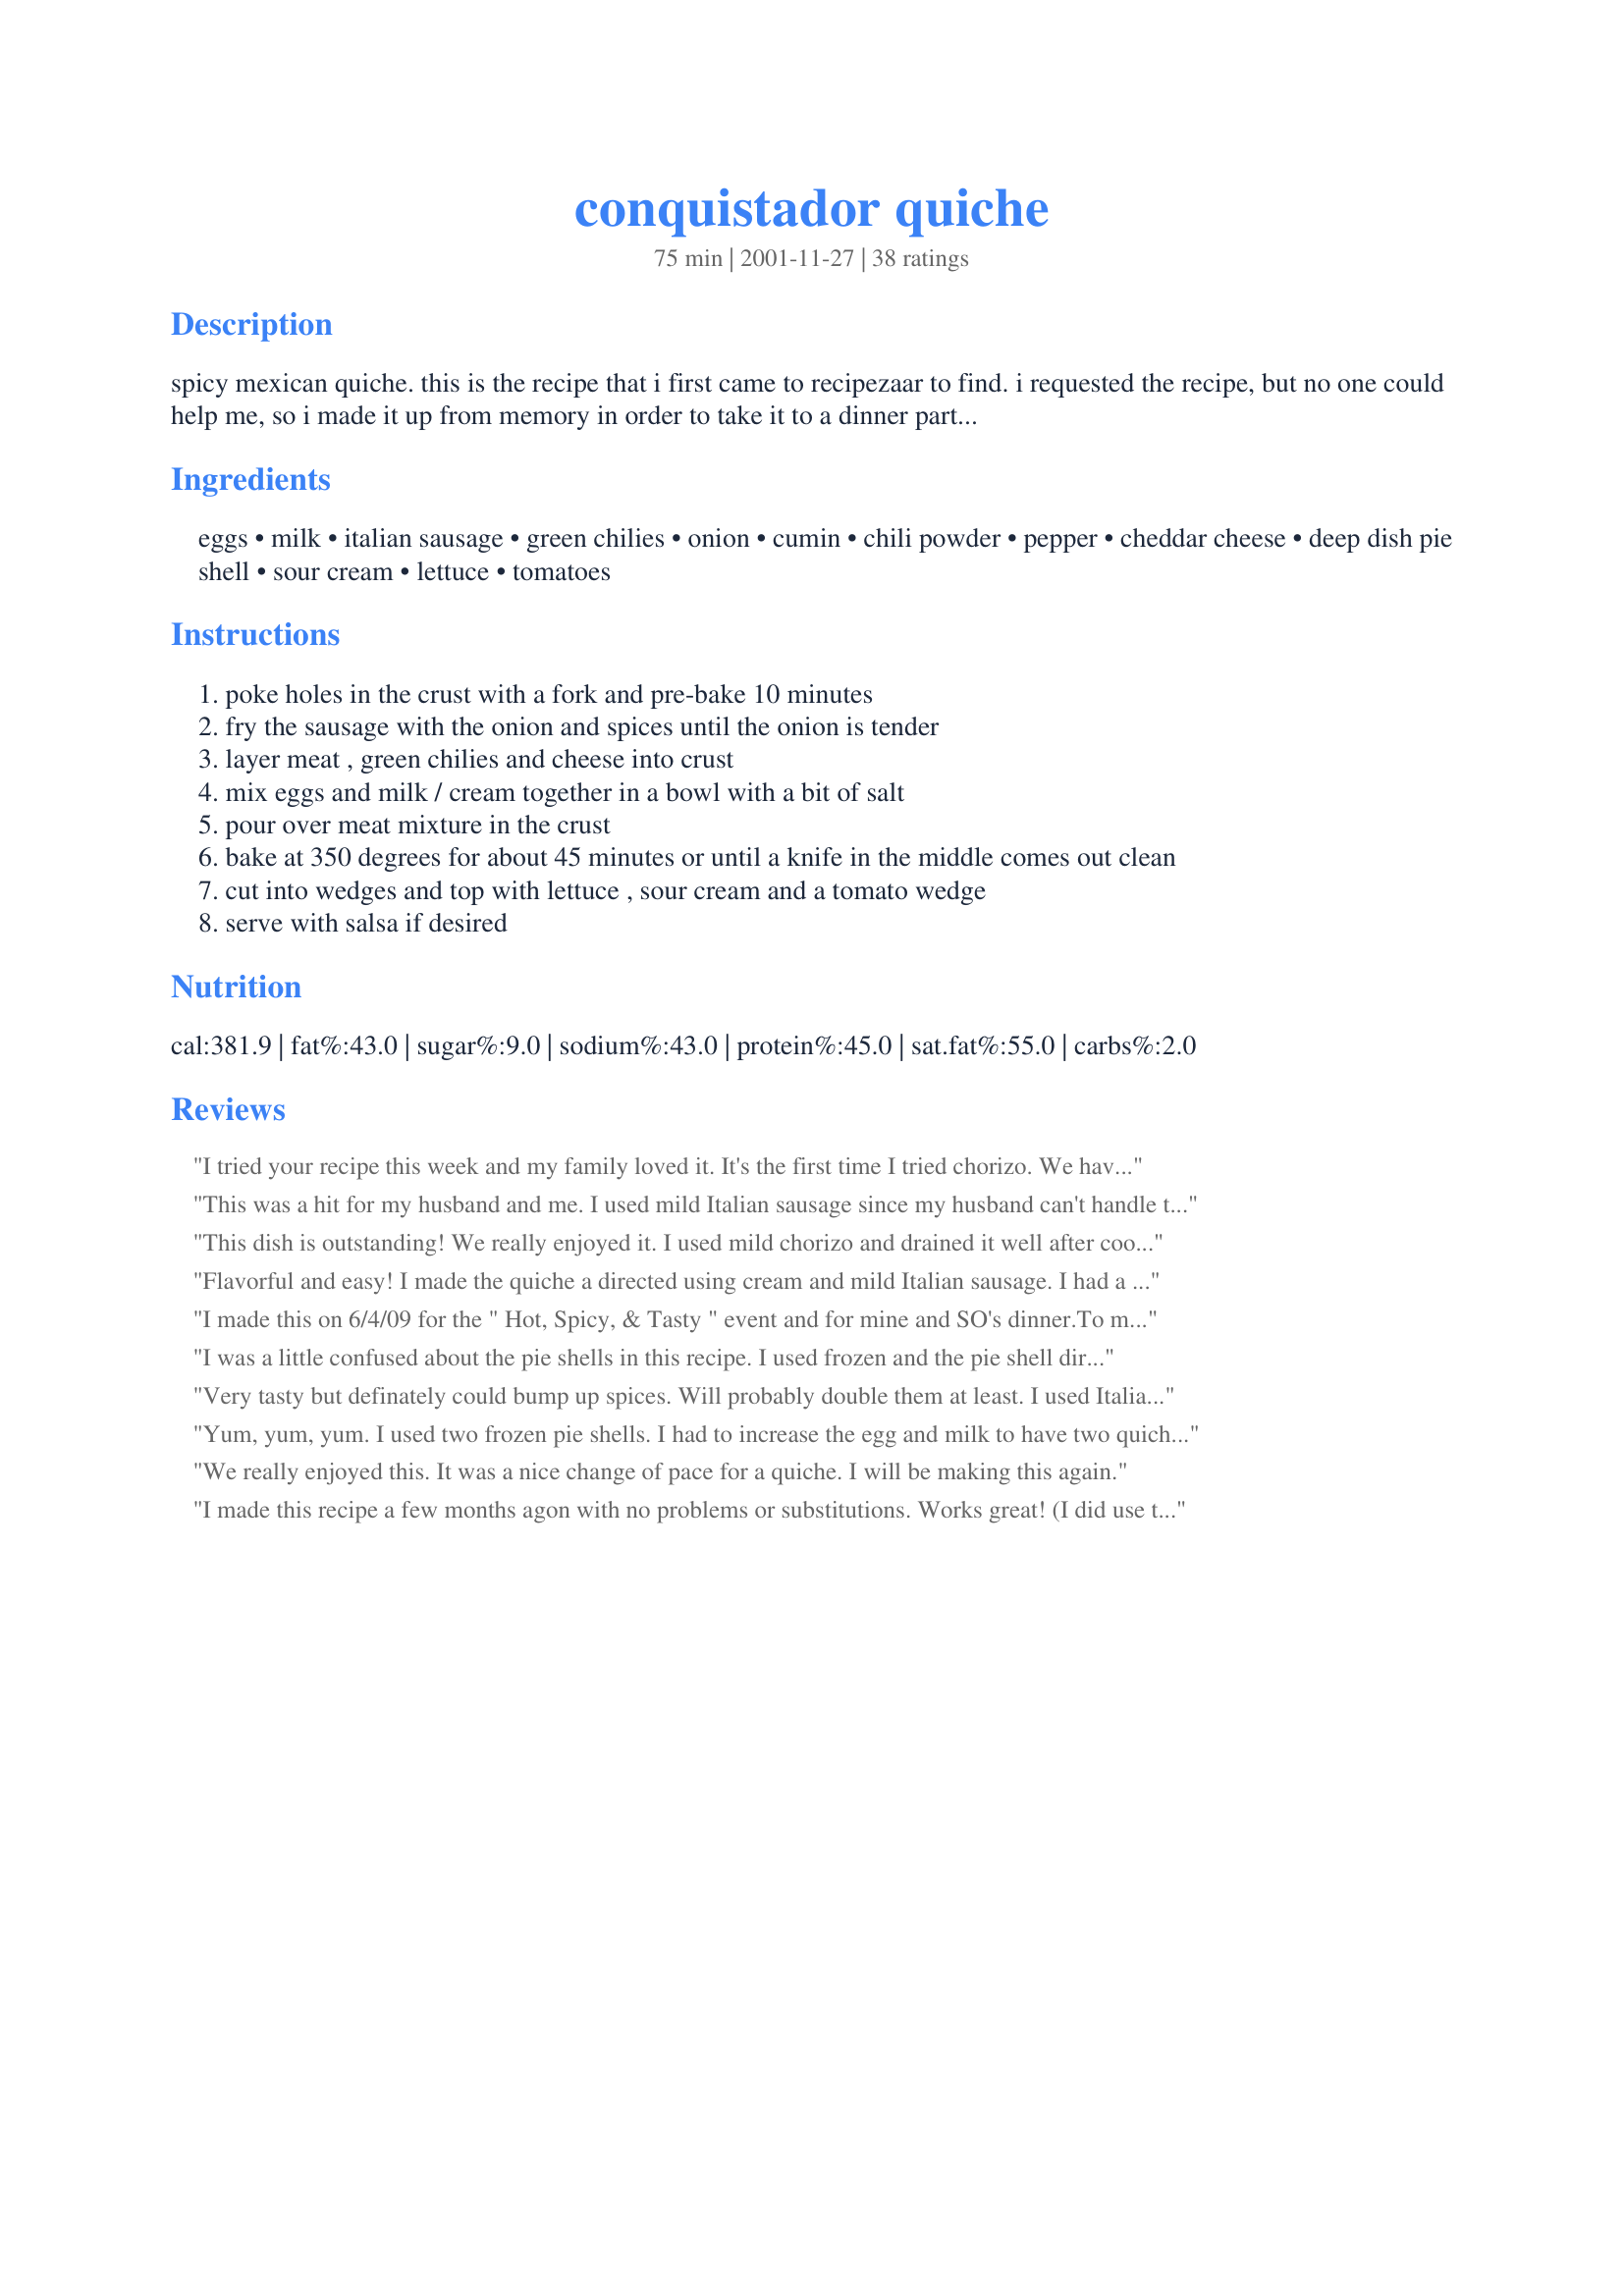
conquistador quiche
Preparation time: 75 minutes

spicy mexican quiche. this is the recipe that i first came to recipezaar to find. i requested the recipe, but no one could help me, so i made it up from memory in order to take it to a dinner party my friend was having. sometime later, after my cookbooks were out of storage, i was able to locate the original recipe. this is pretty darn close.

Ingredients:
eggs, milk, italian sausage, green chilies, onion, cumin, chili powder, pepper, cheddar cheese, deep dish pie shell, sour cream, lettuce, tomatoes

Steps:
poke holes in the crust with a fork and pre-bake 10 minutes
fry the sausage with the onion and spices until the onion is tender
layer meat , green chilies and cheese into crust
mix eggs and milk / cream together in a bowl with a bit of salt
pour over meat mixture in the crust
bake at 350 degrees for about 45 minutes or until a knife in the middle comes out clean
cut into wedges and top with lettuce , sour cream and a tomato wedge
serve with salsa if desired

Reviews:
I tried your recipe this week and my family loved it. It's the first time I tried chorizo. We have a butcher in the neighborhood who makes it,and I picked out about 10 jalapenos before browning the meat - really didn't need the extra spices in this case! I had cut them to a half tespoon, but was still a bit too hot for my 12 year-old's "delicate palate." I'm definitely going to make it again. Hadn't made a quiche in years,and this was so easy and so, SO TASTY. Thanks for sharing it!
This was a hit for my husband and me. I used mild Italian sausage since my husband can't handle too spicy anymore. I used a frozen deep dish pie crust and it worked out well with no leftover liquid mixture. I think if you pour the liquid in slowly, it helps. I baked it on a cookie sheet so if there was any spill over, it wouldn't burn on the bottom of the oven. I served it with corn and buttered rolls. Next time I'm going to try making it in small tart sized pie crusts and freeze.
This dish is outstanding! We really enjoyed it. I used mild chorizo and drained it well after cooking. To keep it calorie friendly, I did not use a pie crust. I made it crustless by simply spraying a moderate amount of nonstick cooking spray. It worked really well. The seasonings are spot on and well balanced. I thought this was gonna be very spicy but it was not. I cut back on the black pepper by 1/2. The suggested baking time is spot on! Thanks a bunch Karen for sharing this gem. It's a keeper!
Flavorful and easy! I made the quiche a directed using cream and mild Italian sausage. I had a frozen deep dish pie crust in the freezer leftover from the holidays and chose this recipe to use it up; so glad I did. This is a definite keeper. Thank you for sharing, Karen From Colorado!
I made this on 6/4/09 for the " Hot, Spicy, & Tasty " event and for mine and SO's dinner.To make this even lower in carbs, I didn't use the pie crust. Other than that the recipe was made almost as written, only half of the Italian sausage was used. My SO and both enjoyed the taste, but found it too be a little bit on the " watery " side. I think it might have been where the can of chilies weren't drained. Other than being a bit on the "watery " side, this quiche had a very good flavor. I will make this again. Thanks for posting and, "Keep Smiling :) "
I was a little confused about the pie shells in this recipe. I used frozen and the pie shell directions say the shell does not have to prebake. I followed the recipe anyway and prebaked 10 min, this made the pie crust edges already brown and I figured they were going to be burnt if I baked them another 45 min. Also, 1 lb of Italian Sausage was enough for 2 deep dish frozen shells. I think the difference is chorizo cooks up ground real fine and Italian sausage is a plumper meat, so I used only 1/2 lb of sausage per quiche. Other than that, I followed the recipe but covered the pie edges with foil to avoid burning, and all turned out perfectly. The second batch I made for my son with out the veggies, this time I did not prebake the shells, which turned out lightly brown edges but the bottom crust was not quite done enough for me, either way my extremely picky son ate it and can't wait to have it again for breakfast.
Very tasty but definately could bump up spices. Will probably double them at least. I used Italian sausage. Next time will try chorizo :-)
Yum, yum, yum. I used two frozen pie shells. I had to increase the egg and milk to have two quiches (one extra egg and a little milk.) I think next time I will remove the casing from the sausage, and I'd like to try this with hot turkey sausage to cut down on the fat. We really enjoyed this.
We really enjoyed this. It was a nice change of pace for a quiche. I will be making this again.
I made this recipe a few months agon with no problems or substitutions. Works great! (I did use the 'Americanized' chorizo tho.)
Excellent idea for quiche in this idea! Did make some major revisions: 1/2 pound chorizo, 1 1/2 cups cream, 1 1/2 cups shredded cheddar, 1 cup onion. Important to allow at least 15 minutes setting time before serving. This amount is perfect for a deep dish crust. Hubby doesn't normally like quiche, but he rated this a #10!!!!!
This was excellent. We used hot Italian sausage and the spices were wonderful. [A note to anybody using frozen pie shells (like I did): although the package may say 'deep dish', it probably isn't (the brand we got certainly wasn't, it was just the normal pie size). If you use normal pie size, this recipe will make 2 quiches.] Thanks very much for posting, this will get made often for brunches!
Yummy recipe!! I made this for my Mah Jong ladies luncheon yesterday and everyone said how good it was. I used 2/3 mild and 1/3 spicy Italian sausage, since I wasn&#039;t sure how &quot;heat tolerant &quot; these ladies are. I also added sliced, seeded tomato slices on top of the sausage before I added the chilies and used a Mexican blend cheese. I will bring back some Boulder Sausage chorizo when we get back from Crested Butte this summer, as I find it far superior to the chorizo I can get here in Texas- go figure, huh? I can&#039;t wait to try it with the chorizo and may have to make it while I&#039;m up in CB! :-)
I read the last review and I'm vegetarian so I used the soyrizo too. Excellent quiche.

Thank you Karen for suggesting this quiche It works very well with the tex mex spicy blend cheese. Just need to cut back a bit on the chili. Perfect.
This was such a delicious quiche. I used hot Italian sausage and we found the spiciness of everything to be just perfect for our tastes...it was like a medium size kick!! which is just what we like. I followed your recipe to the T, using the cream as you suggested. I topped it off with sour cream and chopped tomatoes. Thanks Karen
Awesome. My BF loves quiche but he also has a huge appetite. This is plenty of food for the both of us. It is nor his favorite quiche recipe. I have made it a few times one with chorizo and once with hot italian sausage - both were excellent. The only thing I alter each time is that I have to use 6 large eggs to get it to the consistency we like. I use a regular (not deep-dish) Pillsbury cheater-crust in an old Pyrex pie dish and it all fits in there... but it comes really close! This recipe is delicious! Try it, you'll be glad you did!
Nice recipe for a family weeknight meal. We thought it was just OK. I added 2 cloves of crushed garlic and almost 1/2 tsp. salt. To cut some calories and fat, I used fat free half&fhalf. I had some extra filling that wouldn't fit into the pie shell, so I baked that in a small dish. Thanks for posting this one!
Great recipe, and very hearty. I used hot breakfast sausage and skim milk. I prebaked the crust and cooked the sausage the night before so it cooked up quickly this morning. Took to work for Cinco de Mayo, not one crumb left by 10:00 AM.
I've made this twice so far with rave reviews both times! It's kind of like an taco pie with the chorizo and the cold tomato, lettuce and sour cream garnish. I drained the chorizo and use soy milk instead of milk or cream. Sooooo good!!!
I'm vegetarian so I made this with Soyrizo instead of chorizo. Wonderful dish. Making it again for the Super Bowl tomorrow.
This was an excellent dinner quiche. Had to use Italian Hot Sausage as the store didn't have chorizo. I sauteed the full can of chilies with the sausage and onions along with 2 cloves of garlic until all of the liquid was evaporated. Times provided were perfect. This is RECOMMENDED!! Guess what I'm having for breakfast.......
I used Canadian bacon because of the lower fat, and I like it better. This was really tasty for a light dinner served with fresh melons.
This one woke up our taste buds for sure. I thought this was an excellent quiche. It had a wonderful blend of Mexican spices. I used chorizo sausage that I drained real well after frying. I used cream instead of milk and agree that it makes for a richer flavor. We had this for dinner but it would be good for any meal. Thanks Karen.
I doubled the ingredients (except for the sausage and onions) and made 2 quiches. I used Italian sausage and half and half. I added a little extra cheddar to each. They cooked really nicely. My husband really liked it. The kids also really enjoyed it. Thanks.
This is a great filling breakfast. I thought the flavors were great and easy to do. I used a crust I didn't like so will use a better one next time. I used Bob Evans Hot sausage and was soooo good.
This went together quickly and is very tasty. I made a couple of changes. I used a potato crust(baked potatoes, sliced) and spicy chicken sausage. next time I'll use chorizo sausage. It's a keeper.
The cafeteria at work used to serve a similar quiche (can't remember if it had a name). But the taste was to die for. However, they didn't serve it often, but when they did, you had to arrive early to get some. Then they stopped making it altogether, something about too much time, too hard etc. So, recently while searching the web for a quiche recipe, I lucked upon your site via Google. This quiche is not only easy to make, but the taste is devine (it surpasses my tastebuds' memory of the cafeteria quiche). I made two for our Xmas luncheon and everyone had a piece and several had seconds. The true testimony is I had no less than six requests for the recipe. I responded by e-mailing the link to your website.
I made this for brunch today. It was quick, easy and we both loved it! I used 3/4 lb spicy ground sausage so that it would fit in one pie crust since it's just the two of us. I had a bit of meat mix left over which will work well in a wrap for lunch tomorrow. Since I was recently diagnosed diabetic, I have to watch my carbs and this recipe, believe it or not is carb friendly. It didn't spike my glucose levels at all! YAY! I also used one cup of "Egg Beaters" instead of eggs and 1/2 cup of 1% milk. The joy of this recipe is it can be tailored to dietary restrictions without losing flavour. Next time I will mix the chilis in with the cooked sausage/onion mixture instead of layering on top of the meat. I didn't want to get bites of just chilies. I served it with lettuce, tomatoes, chopped green onions and a dollop of salsa and sour cream. I tented the foil at the beginning and removed it near the end to prevent the crust from burning. Thanks for a great recipe, Karen!
Very very very yummy - and using nonfat half and half worked surprisingly well. We only wonder why it's not called Con"quiche"tador.
Is there anything above a 5??? My husband rarely gives anything a 5-star - I think he's always thinking there is "something better" ;-) He couldn't stop raving about this dish and actually suggested we try it as a "Deep Dish Pizza" sometime instead of using a pie crust. I used spicy turkey italian sausage, fat free 1/2 & 1/2, increased green chiles to 8 oz because that's the size can I had, and also increased cheese to 1 cup. I only had one pie crust (store bought deep dish ... it wasn't big enough), so I poured the rest into a small casserole and made it crustless ... still yummy (and preferable to me). We also had enough left over for the next night ... serves up very well as left overs!
This was so yummy! We have had this several times and really enjoy it. I use chorizo. Thank you for posting!
This was soooo good. I am going to share half with my mom, since my family won't eat e can of quiche...more for us! I used 1 italian sausage, and one hot link. Also, on top of the can of chilis, I use a 1/4 cup of diced tomatoes. In the egg mix, I use low fat 1/2 & 1/2 and a dash of dry yellow mustard...then topped with thinly sliced tomatoes! Delicious mexican quiche...THANKS!
Sorry forgot to review this last weekend when I made it. This was my first Quiche that I have ever made or even ate. It was delicious.
I love this! It is wonderful right out of the over or as leftover - put and little salsa and sour cream on top - yummy!
We really liked this- pleasant surprise. I did, however, make a few changes. I only used 1/2 lb of chorizo, which we found to be plenty. I used skim milk, but would've used cream if it hadn't spoiled. Lastly, I omitted the crust entirely and just baked in a greased pie plate. It was a fantastic light dinner for 2. Spices were right on. Thanks for this.
I made this using my Recipe #105545. You just would not believe how good this was. My fellow diners could not stop raving about it. The seasonings are superb, making this perhaps the most flavorful quiche I've ever made (or eaten). Topped with the lettuce, tomato, and sour cream, it is colorful and attractive, too. OlÃ©!
Yummy! my husband says, "real men don't eat quiche"- he's a meat and potatoes kind of guy. He really liked this quiche though and says he'd like to have it again. As for me, I love the spicing, we used hot sausage, it made a fantastic and easy to make meal. Thanks for posting it!
